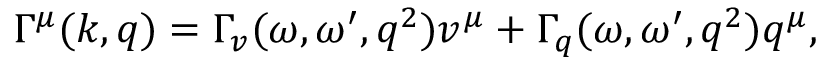
\Gamma ^ { \mu } ( k , q ) = \Gamma _ { v } ( \omega , \omega ^ { \prime } , q ^ { 2 } ) v ^ { \mu } + \Gamma _ { q } ( \omega , \omega ^ { \prime } , q ^ { 2 } ) q ^ { \mu } ,